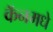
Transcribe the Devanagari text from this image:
कॅनमधे